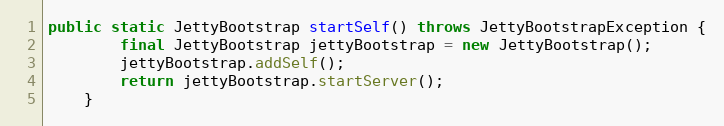
Language: Java
public static JettyBootstrap startSelf() throws JettyBootstrapException {
        final JettyBootstrap jettyBootstrap = new JettyBootstrap();
        jettyBootstrap.addSelf();
        return jettyBootstrap.startServer();
    }